Indian Medical Review
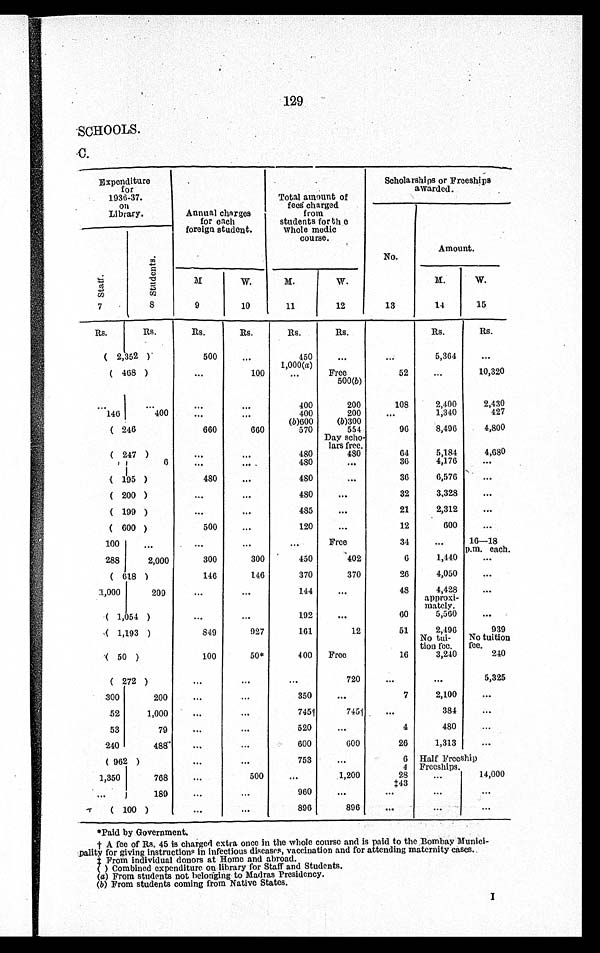
129
SCHOOLS.
C.
Expenditure
for
1936-37.
on
Library.
.
Annual charges
for each
foreign student.
Total amount of
fees charged
from
students for the
whole medic
course.
Scholarships or Freeships
awarded.
No.
Amount.
Staff.
St udent s.
M.
W.
M.
W.
M.
W.
7
8
9
10
11
12
13
14
15
Rs.
Rs.
R s .
Rs.
Rs.
Rs.
Rs.
Rs.
( 2,352 )
500
...
450
...
...
5,364
...
1,000(a)
( 468 )
...
100
...
Free
52
...
10,320
500(b)
...
. . .
. . .
400
200
108
2,400
2,430
146
400
...
. . .
400
200
...
1,340
427
(b)600
(b)300
( 246 )
660
660
570
554
96
8,496
4,800
Day scho-
lars free.
( 247 )
...
...
480
480
64
5,184
4,680
6
...
...
480
...
36
4,170
...
( 11 95 )
480
. . .
480
...
36
6,576
...
( 200 )
...
. . .
480
...
32
3,328
...
( 199 )
. . .
. . .
485
...
21
2,312
...
( 600 )
500
. . .
120
...
12
600
...
100
...
...
...
...
Free
34
...
16—18
p.m. each.
288
2,000
300
300
450
402
6
1,440
...
( 618 )
146
146
370
370
26
4,050
...
1,000 209
...
. . .
144
...
48
4,428
...
approxi -
mately.
( 1,054 )
. . .
. . .
192
. . .
60
5,560
. . .
( 1,193 )
849
927
161
12
51
2,496
939
No tui-
tion fee.
No tuition
fee.
( 50 )
100
50*
400
Free
16
3,240
240
( 272 )
...
. . .
...
720
...
...
5,325
300
200
...
...
350
. . .
7
2,100
. . .
52
1,000
...
...
745†
745†
...
384
. . .
53
79
...
...
520
...
4
480
...
240
488
...
...
600
600
26
1,313
...
( 962 )
...
...
753
...
6 Half Freeship
4 Freeships.
1,350
768
. . .
500
...
1,200
28
...
14,000
‡ 4 3
. . .
189
...
. . .
960
• •
. . .
. . .
. . .
(
100 )
. . .
. . .
896
896
. . .
...
...
* Paid by Government.
† A fee of Rs. 45 is charged extra once in the whole course and is paid to the Bombay Munici-
pality for giving instructions in infectious diseases, vaccination and for attending maternity cases.
‡ From individual donors at Home and abroad.
( ) Combined expenditure on library for Staff and Students.
(a) From students not belonging to Madras Presidency.
(b) From students coming from Native States.
I